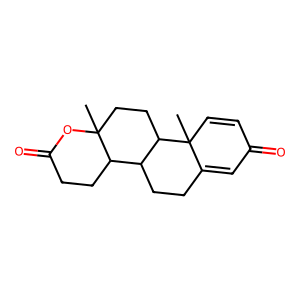
SMILES: CC12CCC3C(CCC4=CC(=O)C=CC43C)C1CCC(=O)O2
Inhibits HIV replication: No